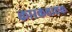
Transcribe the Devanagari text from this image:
कारकवाचक